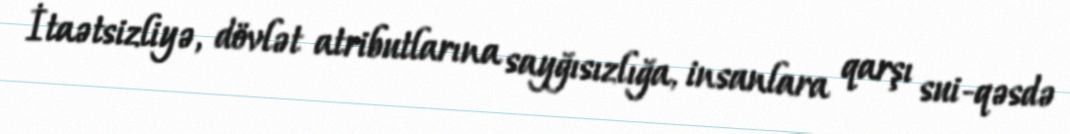
İtaətsizliyə, dövlət atributlarına sayğısızlığa, insanlara qarşı sui-qəsdə